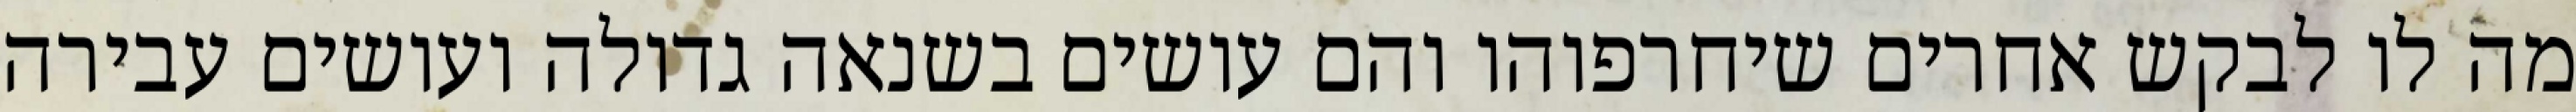
מה לו לבקש אחרים שיחרפוהו והם עושים בשנאה גדולה ועושים עבירה